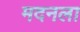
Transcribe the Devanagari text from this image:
मदनला